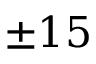
\pm 1 5